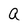
Character: a